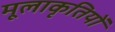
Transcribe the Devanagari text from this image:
मूलाकृतियों